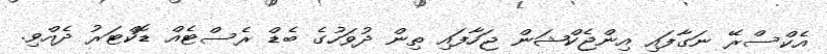
އެކްސްރޭ ނަގާފައި އިންޖެކްޝަން ޖަހާފައި ތިން ދުވަހުގެ ބެޑް ރެސްޓެއް ޑޮކްޓަރު ދެއްވި.